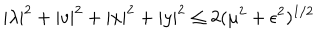
| \lambda | ^ { 2 } + | v | ^ { 2 } + | x | ^ { 2 } + | y | ^ { 2 } \leq 2 ( \mu ^ { 2 } + \epsilon ^ { 2 } ) ^ { 1 / 2 }